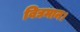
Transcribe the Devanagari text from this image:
विद्यमान।